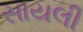
સાયલી